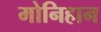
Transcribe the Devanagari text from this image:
मोनिहान